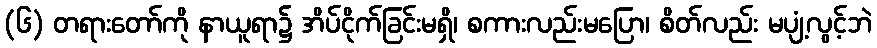
(၆) တရားတော်ကို နာယူရာ၌ အိပ်ငိုက်ခြင်းမရှိ၊ စကားလည်းမပြော၊ စိတ်လည်း မပျံ့လွင့်ဘဲ